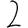
Digit: 2